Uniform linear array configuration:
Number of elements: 4
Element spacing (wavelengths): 0.5
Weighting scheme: hann
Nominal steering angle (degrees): -60
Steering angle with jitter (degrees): -60.225
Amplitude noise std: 0.05
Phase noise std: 0.05

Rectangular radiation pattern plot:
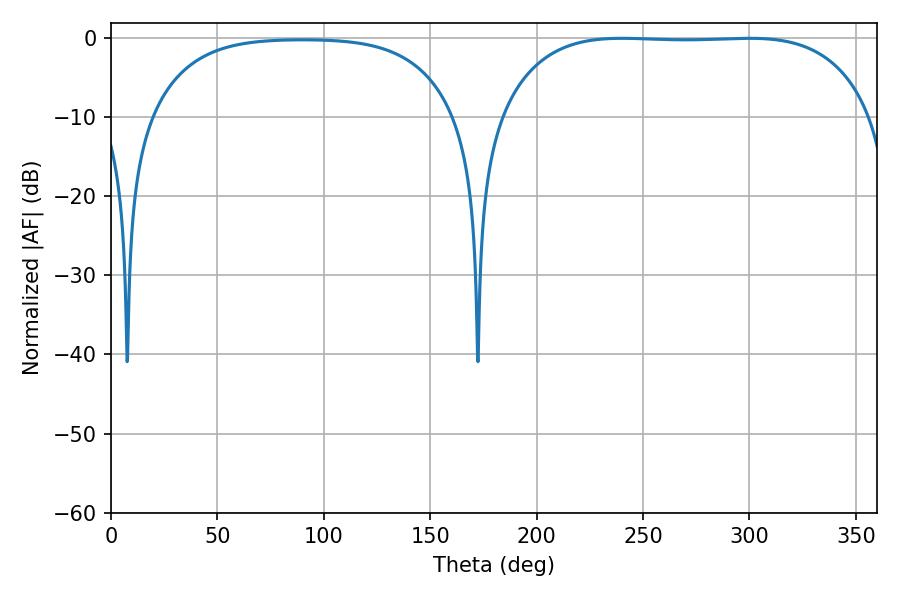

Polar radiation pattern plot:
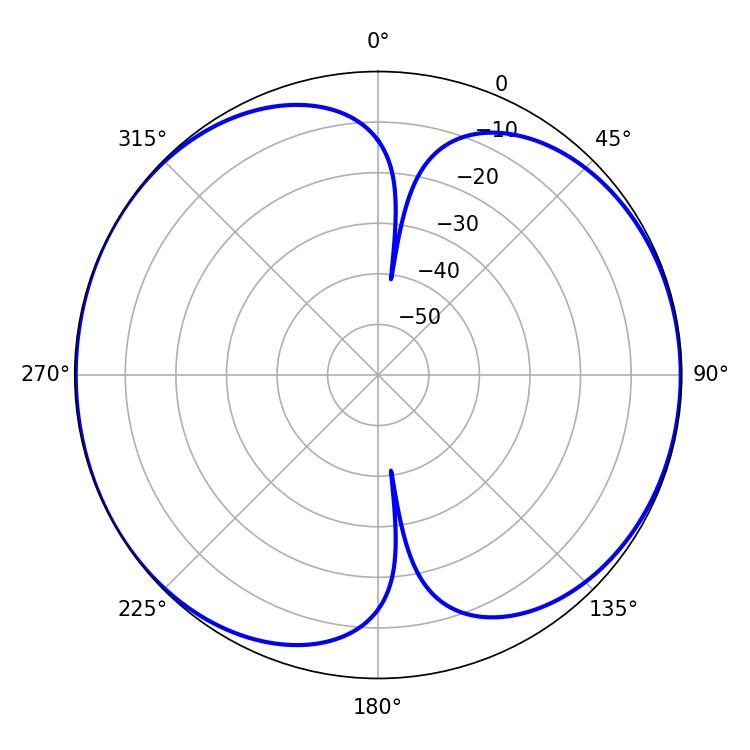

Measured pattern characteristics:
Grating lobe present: FALSE
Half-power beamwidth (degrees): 136.8
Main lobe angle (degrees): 240.12